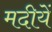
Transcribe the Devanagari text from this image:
मदीयें